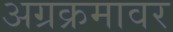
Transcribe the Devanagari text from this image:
अग्रक्रमावर